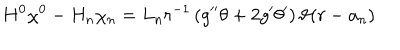
LaTeX: H ^ { 0 } \chi ^ { 0 } - H _ { n } \chi _ { n } = L _ { n } r ^ { - 1 } \left( g ^ { \prime \prime } \theta + 2 g ^ { \prime } \theta ^ { \prime } \right) \vartheta ( r - a _ { n } )